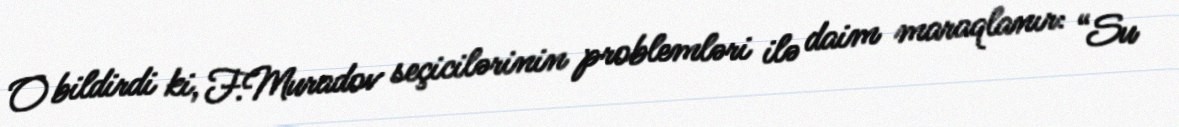
O bildirdi ki, F.Muradov seçicilərinin problemləri ilə daim maraqlanır: “Su